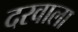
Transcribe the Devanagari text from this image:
दरवाला